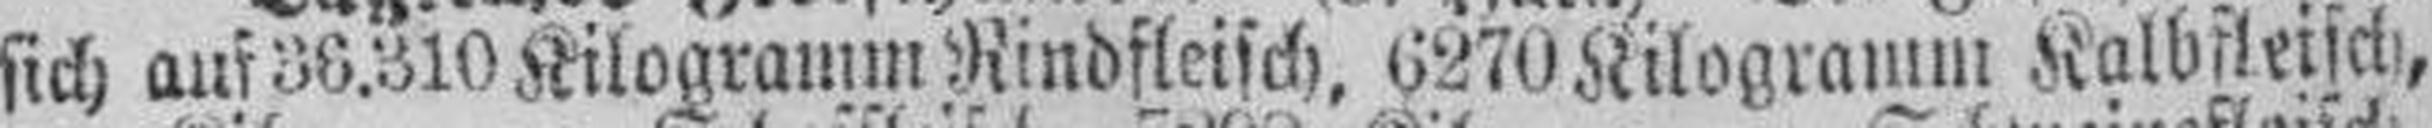
sich auf 36.310 Kilogramm Rindfleisch, 6270 Kilogramm Kalbfleisch,